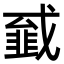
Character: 𢨁